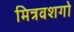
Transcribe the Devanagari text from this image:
मित्रवशगो